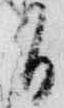
日